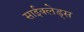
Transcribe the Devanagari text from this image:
साईक्लेड्स